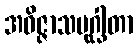
အဝိဇ္ဇာသမုဂ္ဃါတာ